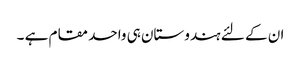
ان کے لئے ہندوستان ہی واحد مقام ہے ۔